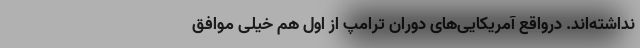
نداشته‌اند. درواقع آمریکایی‌های دوران ترامپ از اول هم خیلی موافق